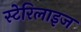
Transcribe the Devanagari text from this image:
स्टेरिलाइज